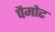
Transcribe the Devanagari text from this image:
पैमोट